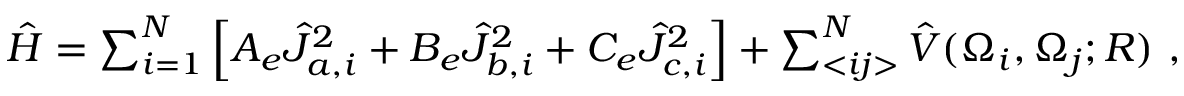
\begin{array} { r } { \hat { H } = \sum _ { i = 1 } ^ { N } \left[ A _ { e } \hat { J } _ { a , i } ^ { 2 } + B _ { e } \hat { J } _ { b , i } ^ { 2 } + C _ { e } \hat { J } _ { c , i } ^ { 2 } \right] + \sum _ { < i j > } ^ { N } \hat { V } ( \Omega _ { i } , \Omega _ { j } ; R ) ~ , } \end{array}